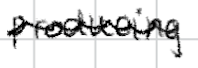
Text: producing
Cross-out: wave
Writing tool: digital_black